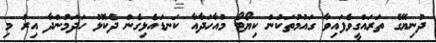
ދުނިޔޭގެ ތަރައްގީވެފައިވާ ގައުމުތަކުން ކިޔޯޓޯ މުއާހަދާއާ ކަނޑައެޅިގެން ދެކޮޅު ހަދަމުންދާ އިރު މި